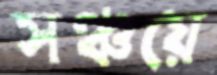
সঞ্চয়ে